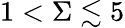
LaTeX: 1<\Sigma\lesssim 5